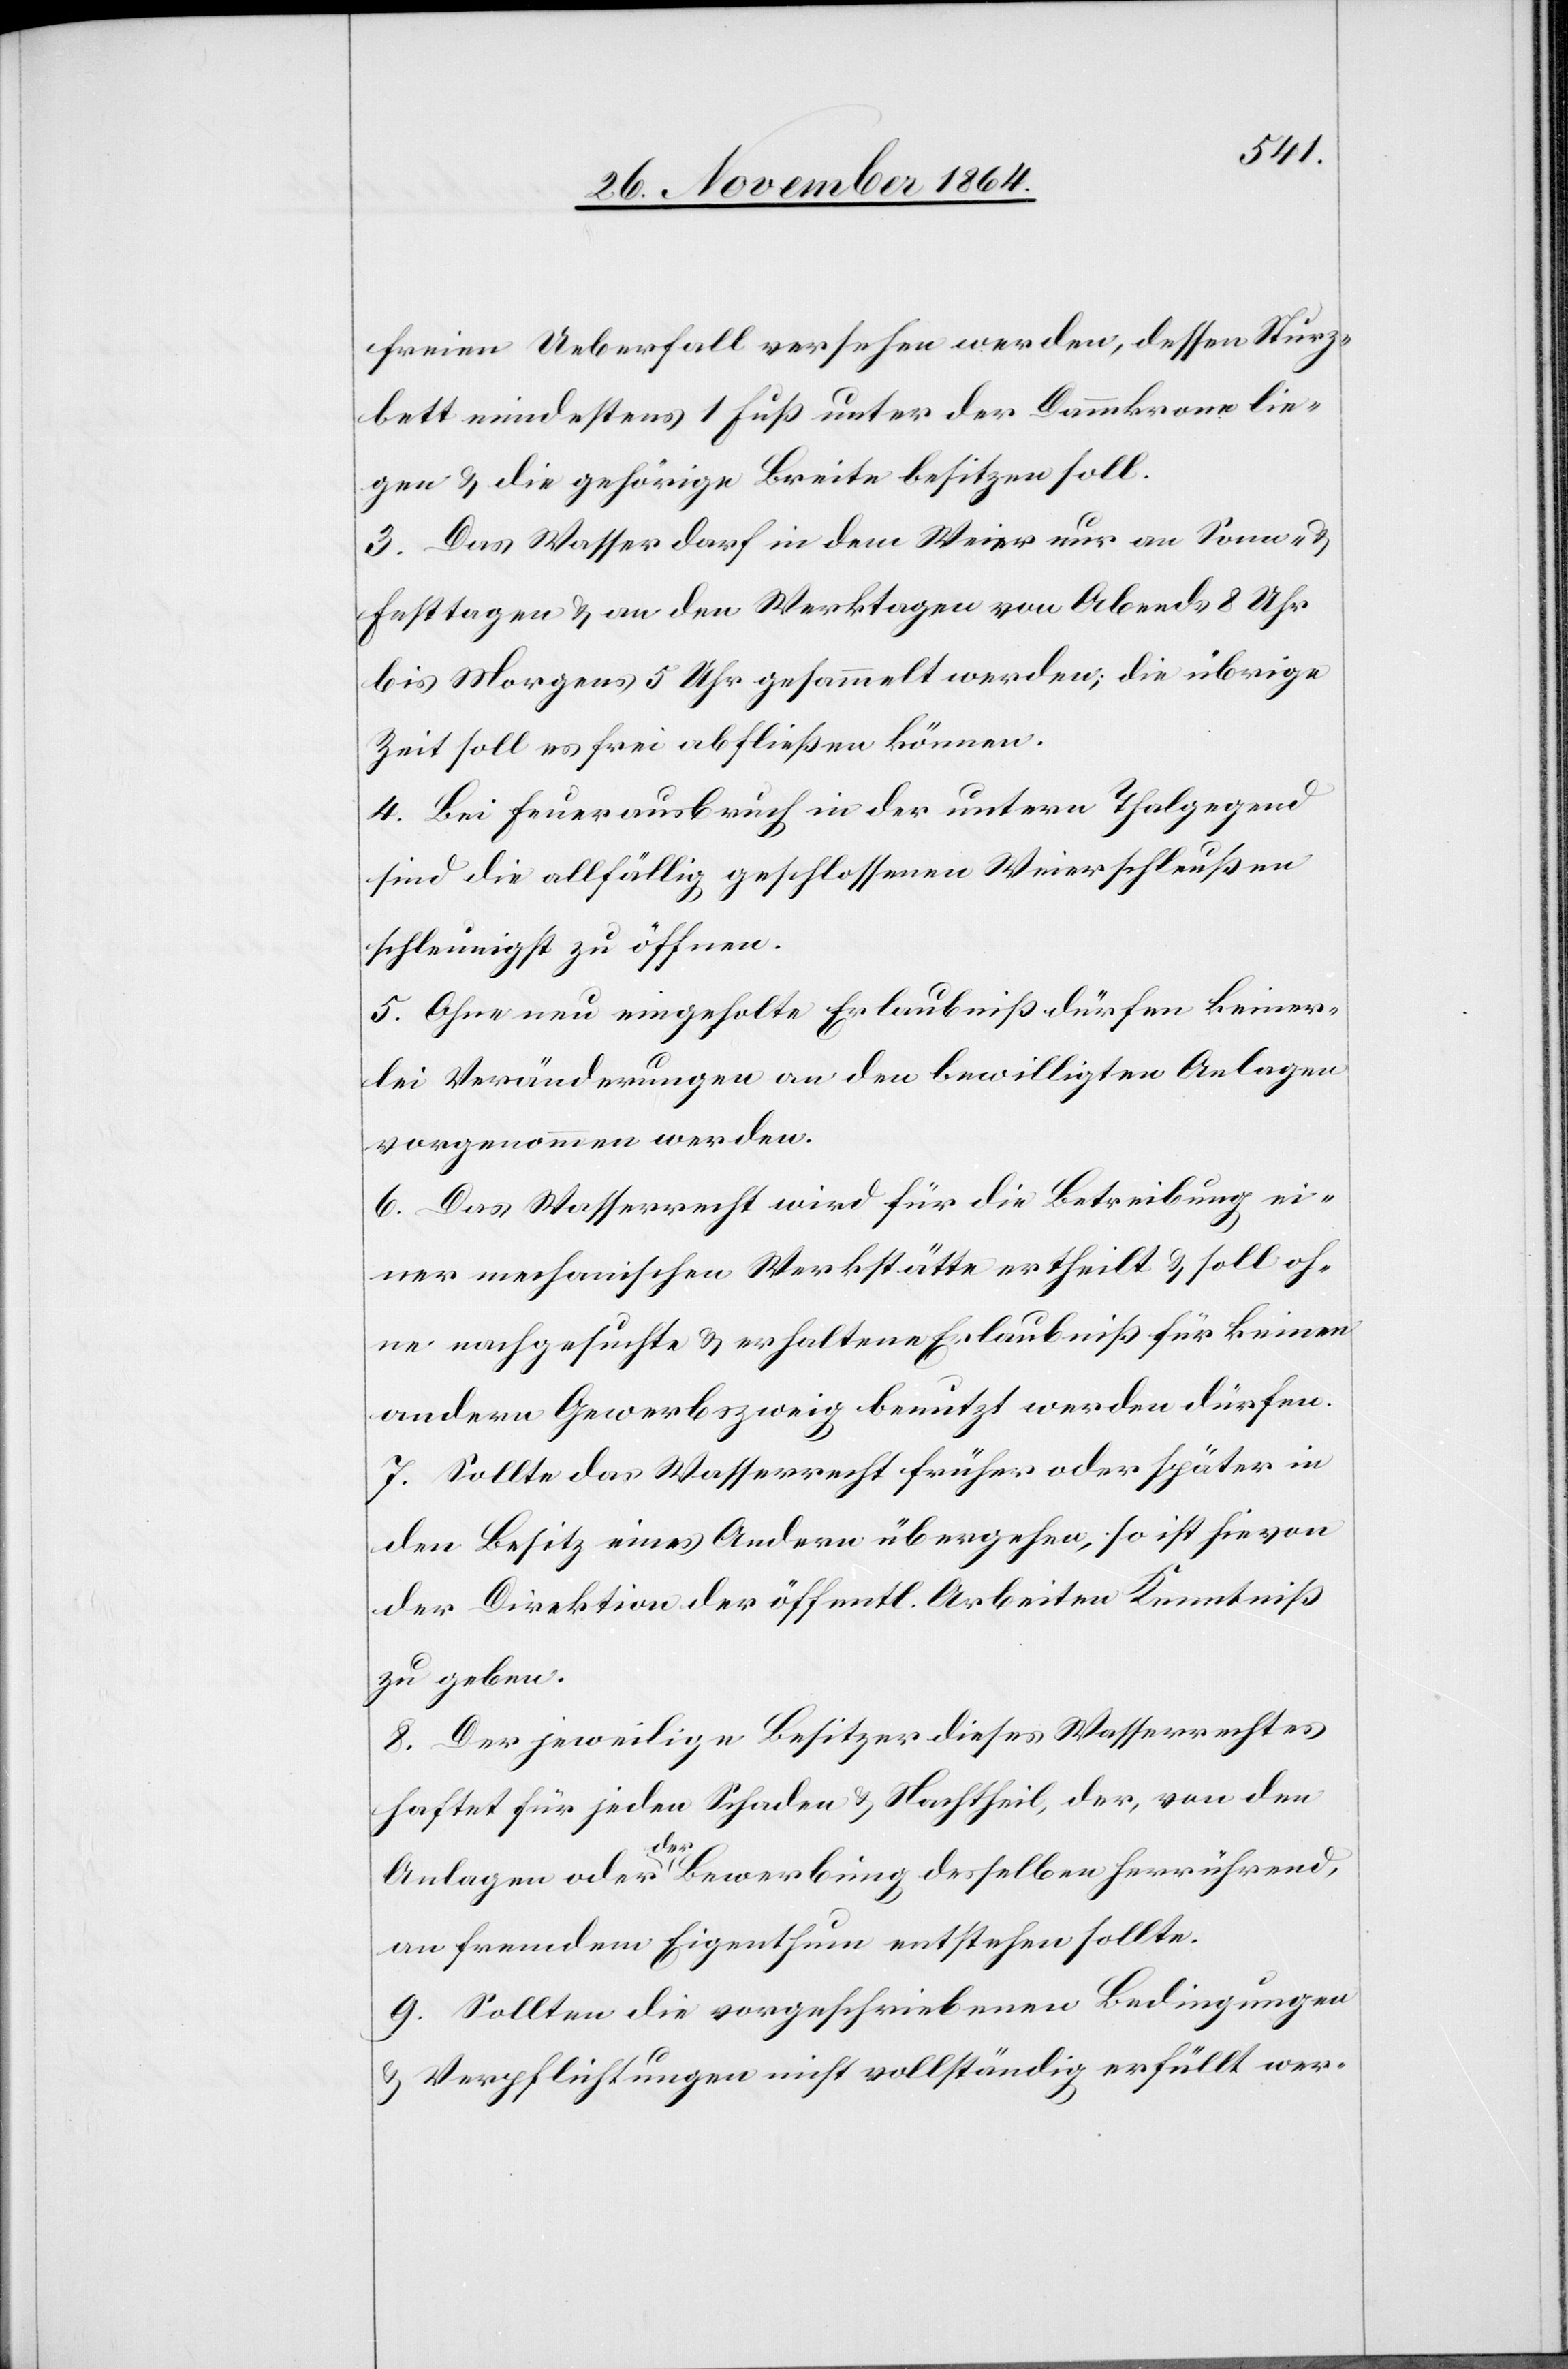
freien Ueberfall versehen werden, dessen Sturz¬
bett mindestens 1 Fuß unter der Dammkrone lie¬
gen & die gehörige Breite besitzen soll.
3. Das Wasser darf in dem Weier nur an Sonn- &
Festtagen & an den Werktagen von Abends 8 Uhr
bis Morgens 5 Uhr gesammelt werden, die übrige
Zeit soll es frei abfließen können.
4. Bei Feuerausbruch in der untern Thalgegend
sind die allfällig geschlossenen Weierschleußen
schleunigst zu öffnen.
5. Ohne neu eingeholte Erlaubnis dürfen keiner¬
lei Veränderungen an den bewilligten Anlagen
vorgenommen werden.
6. Das Wasserrecht wird für die Betreibung ei¬
ner mechanischen Werkstätte ertheilt & soll oh¬
ne nachgesuchte & erhaltene Erlaubniß für keinen
andern Gewerbszweig benutzt werden dürfen.
7. Sollte das Wasserrecht früher oder später in
den Besitz eines Andern übergehen, so ist hievon
der Direktion der öffentl. Arbeiten Kenntniß
zu geben.
8. Der jeweilige Besitzer dieses Wasserrechtes
haftet für jeden Schaden & Nachtheil, der, von den
Anlagen oder a-der-a Bewerbung desselben herrührend,
an fremdem Eigenthum entstehen sollte.
9. Sollten die vorgeschriebenen Bedingungen
& Verpflichtungen nicht vollständig erfüllt wer-